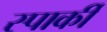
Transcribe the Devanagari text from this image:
स्पार्की